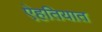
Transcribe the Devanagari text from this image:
ऐहतियात